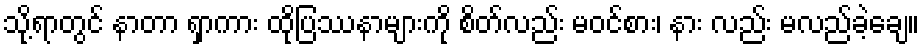
သို့ရာတွင် နာတာ ရှာကား ထိုပြဿနာများကို စိတ်လည်း မဝင်စား၊ နား လည်း မလည်ခဲ့ချေ။